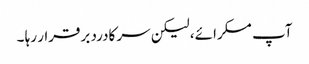
آپ مسکرائے، لیکن سر کادرد برقرار رہا ۔